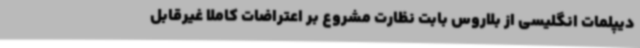
دیپلمات انگلیسی از بلاروس بابت نظارت مشروع بر اعتراضات کاملا غیرقابل